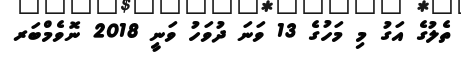
ތެލުގެ އަގު މި މަހުގެ 13 ވަނަ ދުވަހު ވަނީ 2018 ނޮވެމްބަރ